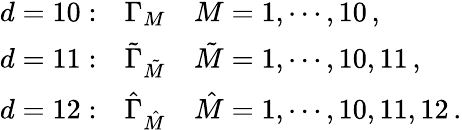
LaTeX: \begin{array}{lll}{{d=10:}}&{{\Gamma_{M}}}&{{M=1,\cdots,10\, ,}}\\ {{d=11:}}&{{{\tilde{\Gamma}}_{\tilde{M}}}}&{{{\tilde{M}}=1,\cdots,10,11\, ,}}\\ {{d=12:}}&{{{\hat{\Gamma}}_{\hat{M}}}}&{{{\hat{M}}=1,\cdots,10,11,12\, .}}\end{array}